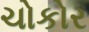
ચોકોર